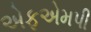
એફએમપી